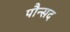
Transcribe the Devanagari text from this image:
पौन्सद